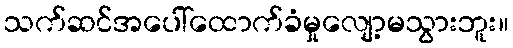
သက်ဆင်အပေါ်ထောက်ခံမှုလျော့မသွားဘူး။